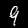
Label: 9